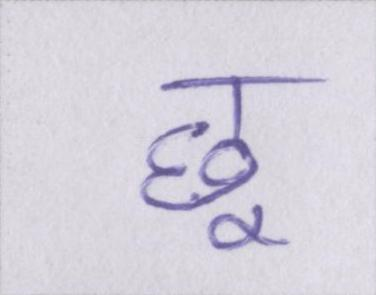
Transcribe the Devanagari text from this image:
छू